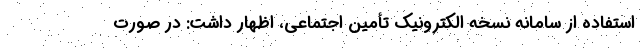
استفاده از سامانه نسخه الکترونیک تأمین اجتماعی، اظهار داشت: در صورت